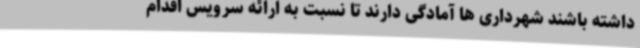
داشته باشند شهرداری ها آمادگی دارند تا نسبت به ارائه سرویس اقدام